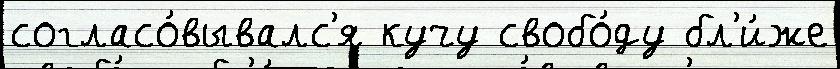
согласо́вывалс'я кучу свобо́ду бл'и́же